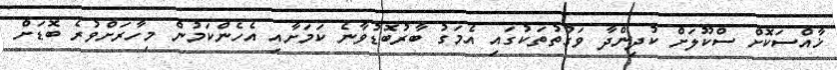
ޚާއްސަކޮށް ސްކޫލަށް ކުދިންދާ ވަގުތުތަކުގައި އެމަގު ބާރުބޮޑުވާނެ ކަމަށާއި އެހެންކަމުން މިހާރަށްވުރެ ބޮޑަށް